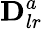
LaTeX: \mathbf{D}_{lr}^{a}